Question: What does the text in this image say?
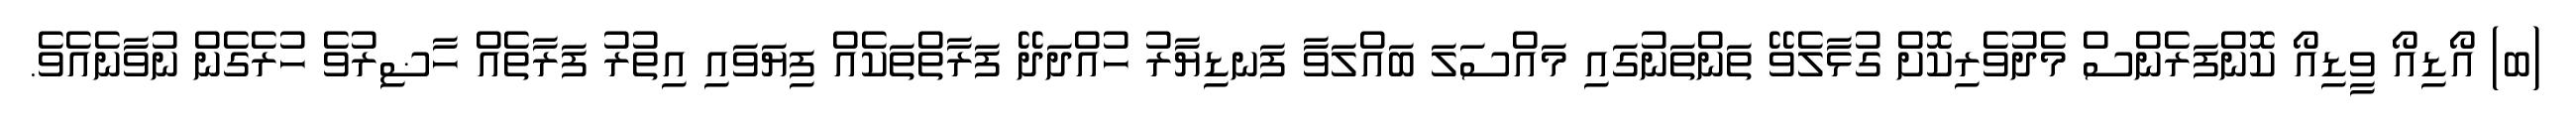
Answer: (ބ) އޯޑިއޯ ވީޑިއޯ ކޮންފަރެންސް މެދުވެރިކޮށް ގުޅާލެވޭ ތަންތަނުގައި މައްސަލަ ބައްލަވާ ފަނޑިޔާރު ހުއްދަދޭ ފަރާތްތަކެއް ފިޔަވައި އިތުރު ފަރާތެއް ހާޟިރުވެ ހުރެގެން ނުވާނެއެވެ.